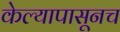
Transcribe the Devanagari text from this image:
केल्यापासूनच